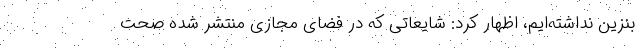
بنزین نداشته‌ایم، اظهار کرد: شایعاتی که در فضای مجازی منتشر شده صحت